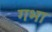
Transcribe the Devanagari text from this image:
गभा